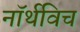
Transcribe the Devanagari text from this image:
नॉर्थविच